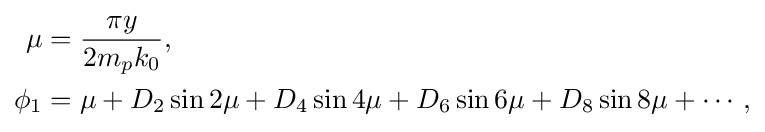
{\begin{aligned}\mu &={\frac {\pi y}{2m_{p}k_{0}}},\\\phi _{1}&=\mu +D_{2}\sin 2\mu +D_{4}\sin 4\mu +D_{6}\sin 6\mu +D_{8}\sin 8\mu +\cdots ,\\\end{aligned}}